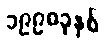
၁၉၉၈ခုနှစ်